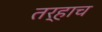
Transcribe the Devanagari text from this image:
तर्‍हाच